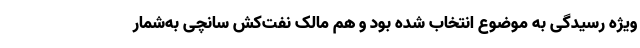
ویژه رسیدگی به موضوع انتخاب شده بود و هم مالک نفت‌کش سانچی به‌‌شمار